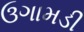
ઉગામડી